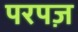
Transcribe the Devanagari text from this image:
परपज़